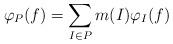
LaTeX: \begin{align*}\varphi_P(f)=\sum_{I\in P} m(I)\varphi_I(f)\end{align*}